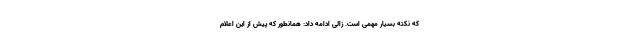
که نکته بسیار مهمی است. زالی ادامه داد: همانطور که پیش از این اعلام